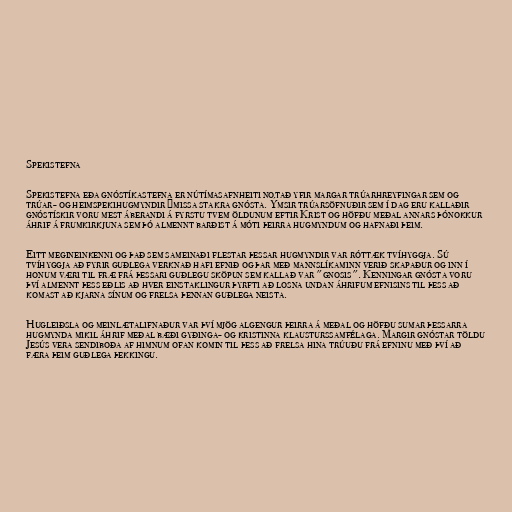
Spekistefna

Spekistefna eða gnóstíkastefna er nútímasafnheiti notað yfir margar trúarhreyfingar sem og
trúar- og heimspekihugmyndir ýmissa stakra gnósta. Ýmsir trúarsöfnuðir sem í dag eru kallaðir
gnóstískir voru mest áberandi á fyrstu tvem öldunum eftir Krist og höfðu meðal annars þónokkur
áhrif á frumkirkjuna sem þó almennt barðist á móti þeirra hugmyndum og hafnaði þeim.

Eitt megineinkenni og það sem sameinaði flestar þessar hugmyndir var róttæk tvíhyggja. Sú
tvíhyggja að fyrir guðlega verknað hafi efnið og þar með mannslíkaminn verið skapaður og inn í
honum væri til fræ frá þessari guðlegu sköpun sem kallað var "gnosis". Kenningar gnósta voru
því almennt þess eðlis að hver einstaklingur þyrfti að losna undan áhrifum efnisins til þess að
komast að kjarna sínum og frelsa þennan guðlega neista.

Hugleiðsla og meinlætalifnaður var því mjög algengur þeirra á meðal og höfðu sumar þessarra
hugmynda mikil áhrif meðal bæði gyðinga- og kristinna klausturssamfélaga. Margir gnóstar töldu
Jesús vera sendiboða af himnum ofan komin til þess að frelsa hina trúuðu frá efninu með því að
færa þeim guðlega þekkingu.